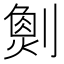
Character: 𠟮